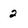
Character: 2